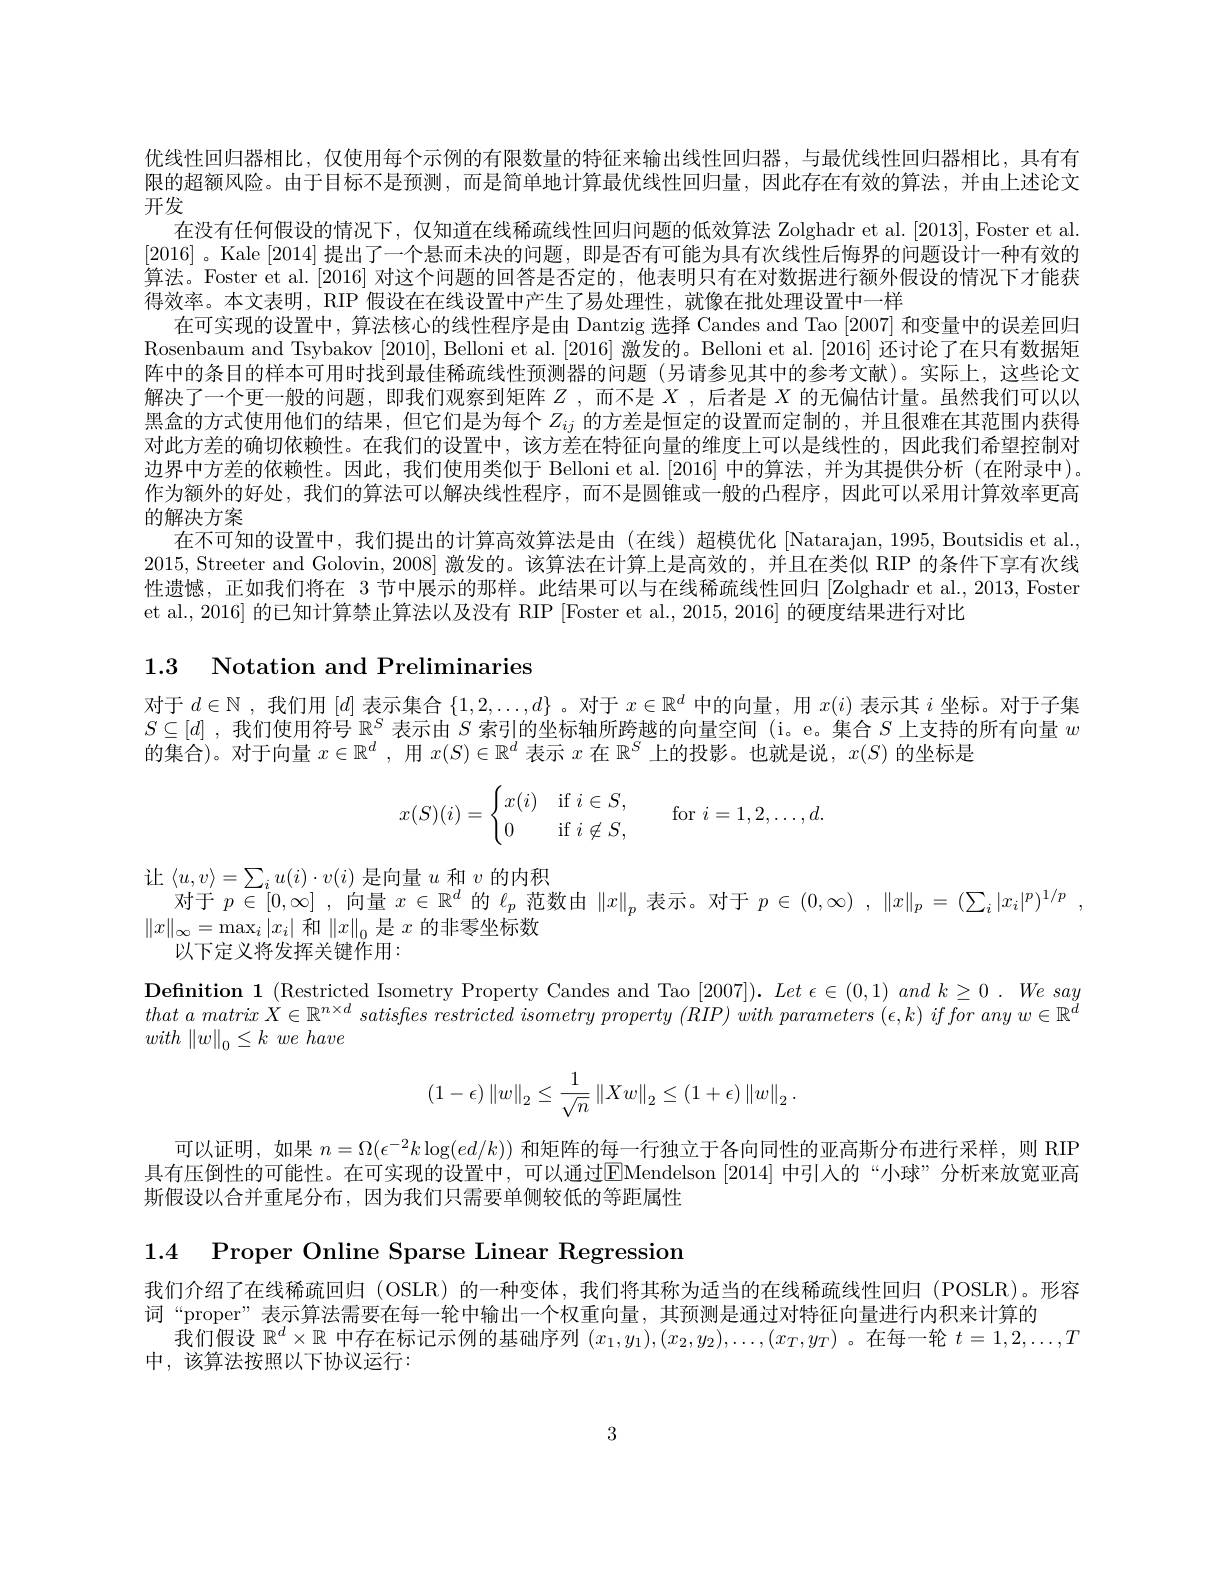
优线性回归器相比，仅使用每个示例的有限数量的特征来输出线性回归器，与最优线性回归器相比，具有有限的超额风险。由于目标不是预测，而是简单地计算最优线性回归量，因此存在有效的算法，并由上述论文开发
在没有任何假设的情况下，仅知道在线稀疏线性回归问题的低效算法 Zolghadr et al. [2013], Foster et al. [2016]。Kale [2014] 提出了一个悬而未决的问题，即是否有可能为具有次线性后悔界的问题设计一种有效的算法。Foster et al.[2016] 对这个问题的回答是否定的，他表明只有在对数据进行额外假设的情况下才能获得效率。本文表明，RIP 假设在在线设置中产生了易处理性，就像在批处理设置中一样
在可实现的设置中，算法核心的线性程序是由 Dantzig 选择 Candes and Tao [2007] 和变量中的误差回归Rosenbaum and Tsybakov [2010], Belloni et al. [2016]激发的。Belloni et al. [2016] 还讨论了在只有数据矩阵中的条目的样本可用时找到最佳稀疏线性预测器的问题 (另请参见其中的参考文献)。实际上，这些论文解决了一个更一般的问题，即我们观察到矩阵$Z$ ,而不是$X$ ,后者是$X$的无偏估计量。虽然我们可以以黑盒的方式使用他们的结果，但它们是为每个$Z_{ij}$的方差是恒定的设置而定制的，并且很难在其范围内获得对此方差的确切依赖性。在我们的设置中，该方差在特征向量的维度上可以是线性的，因此我们希望控制对边界中方差的依赖性。因此，我们使用类似于 Belloni et al.[2016] 中的算法，并为其提供分析(在附录中)。作为额外的好处，我们的算法可以解决线性程序，而不是圆锥或一般的凸程序，因此可以采用计算效率更高的解决方案
在不可知的设置中，我们提出的计算高效算法是由(在线)超模优化[Natarajan,1995,Boutsidis et al., 2015, Streeter and Golovin, 2008] 激发的。该算法在计算上是高效的，并且在类似 RIP 的条件下享有次线性遗憾，正如我们将在 3 节中展示的那样。此结果可以与在线稀疏线性回归 [Zolghadr et al., 2013, Foster et al., 2016] 的已知计算禁止算法以及没有 RIP [Foster et al., 2015, 2016] 的硬度结果进行对比

# 1.3 Notation and Preliminaries

对于$d\in\mathbb{N}$ , 我们用$[d]$表示集合$\{1,2,\ldots,d\}$ 。对于$x\in\mathbb{R}^d$中的向量，用$x(i)$表示其$i$坐标。对于子集$S\subseteq[d]$ ,我们使用符号$\mathbb{R}^S$表示由$S$索引的坐标轴所跨越的向量空间 (i。e。集合$S$上支持的所有向量$w$ 的集合)。对于向量$x\in \mathbb{R} ^d$ , 用$x(S)\in\mathbb{R}^d$表示$x$在$\mathbb{R}^S$上的投影。也就是说，$x(S)$的坐标是
$$x(S)(i)=\begin{cases}x(i)&\text{if}i\in S,\\0&\text{if}i\not\in S,\end{cases}\quad\text{for}i=1,2,\dots,d.$$
让$\langle u,v\rangle=\sum_iu(i)\cdot v(i)$是向量$u$和$v$的内积
对于$p\in[0,\infty]$ ,向量$x\in\mathbb{R}^d$的$\ell_p$范数由$\|x\|_p$表示。对于$p\in ( 0, \infty )$ $, \| x\| _p= ( \sum _i| x_i| ^p) ^{1/ p}$ ,
$\|x\|_{\infty}=\max_{i}\left|x_{i}\right|$和$\left\|x\right\|_0$是$x$的非零坐标数
以下定义将发挥关键作用：

$\textbf{Definition 1}($Restricted Isometry Property Candes and Tao $[ 2007] ) . Let\epsilon \in ( 0, 1) and$ $k\geq 0$ . $We$ say $that\textit{ a matrix }\dot{X} \in \mathbb{R} ^{n\times d}\textit{ satisfies restricted isometry property ( RIP) with parameters }( \epsilon , k) \textit{ if for any w}\in \mathbb{R} ^{\breve{d} }$ with $\| w\| _{0}\leq k$ $we$ have
$$\left(1-\epsilon\right)\left\|w\right\|_2\leq\dfrac{1}{\sqrt{n}}\left\|Xw\right\|_2\leq\left(1+\epsilon\right)\left\|w\right\|_2.$$
可以证明，如果$n=\Omega(\epsilon^{-2}k\log(ed/k))$和矩阵的每一行独立于各向同性的亚高斯分布进行采样，则 RIP 具有压倒性的可能性。在可实现的设置中，可以通过EMendelson [2014] 中引入的“小球”分析来放宽亚高斯假设以合并重尾分布，因为我们只需要单侧较低的等距属性

1.4 Proper Online Sparse Linear Regression

我们介绍了在线稀疏回归 (OSLR)的一种变体，我们将其称为适当的在线稀疏线性回归 (POSLR)。形容
词“proper”表示算法需要在每一轮中输出一个权重向量，其预测是通过对特征向量进行内积来计算的
我们假设$\mathbb{R}^d\times\mathbb{R}$中存在标记示例的基础序列$(x_1,y_1),(x_2,y_2),\ldots,(x_T,y_T)$ 。在每一轮$t=1,2,\ldots,T$
中，该算法按照以下协议运行：

3